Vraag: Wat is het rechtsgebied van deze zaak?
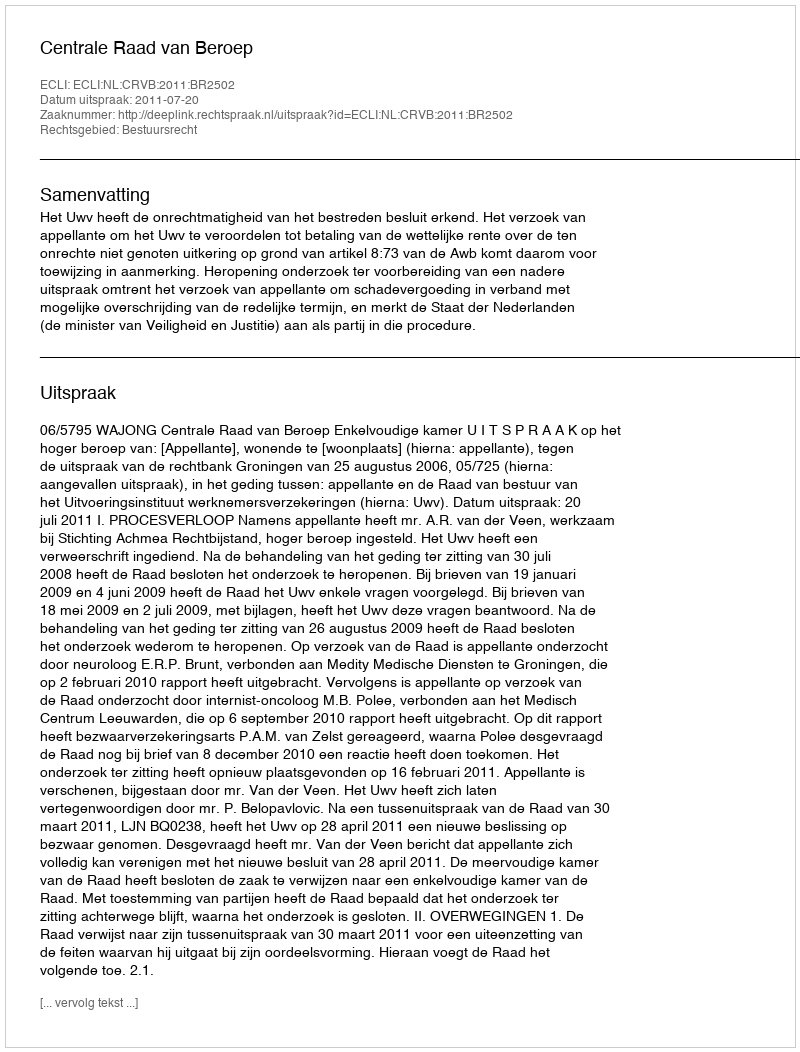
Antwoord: Bestuursrecht